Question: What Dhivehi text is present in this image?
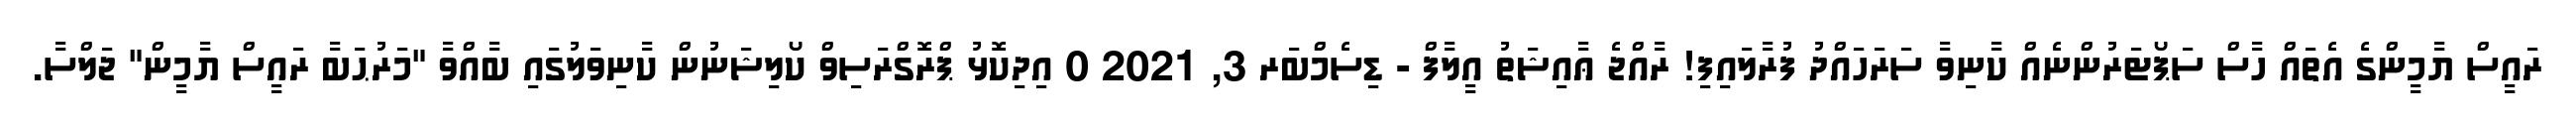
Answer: ރައީސް ޔާމީންގެ އެތައް ހާސް ސަޕޯޓަރުންނެއް ކާނިވާ ސަރަހައްދު ފުރާލައިފި! ރާއްޖެ ޢާއިޝަތު އީލާފް - ޑިސެމްބަރ 3, 2021 0 އިދިކޮޅު ޕްރޮގްރަސިވް ކޯލިޝަނުން ކާނިވަލުގައި ބާއްވާ "މަރުޙަބާ ރައީސް ޔާމީން" ޖަލްސާ.